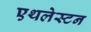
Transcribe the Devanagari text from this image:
एथलेस्टन